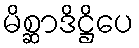
မိစ္ဆာဒိဋ္ဌိပေ